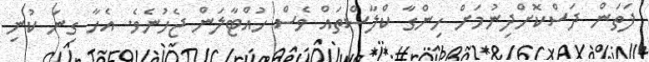
ފަތަން ދަސްކޮށްދިނުމަށް ހިންގާ ކްލާސްތައް ވެސް ހުއްޓާލަން ޖެހުނެވެ. އެހާ ގިނަ ކުނި